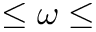
\le \omega \le